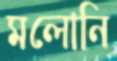
মলোনি